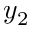
y _ { 2 }